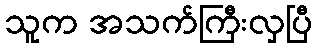
သူက အသက်ကြီးလှပြီ